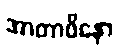
အာတာပိနော